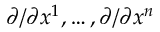
\partial / \partial x ^ { 1 } , \ldots , \partial / \partial x ^ { n }